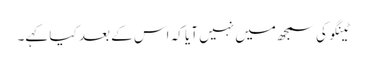
ٹینگو کی سمجھ میں نہیں آیا کہ اس کے بعد کیا کہے۔